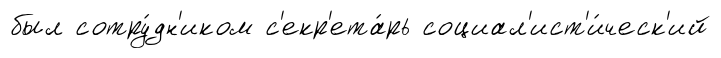
был сотру́дн'иком с'екр'ета́рь социал'ист'и́ческ'ий